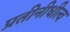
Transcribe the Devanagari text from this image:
प्रतीनीधीत्व